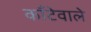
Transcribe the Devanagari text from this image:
काँटेवाले